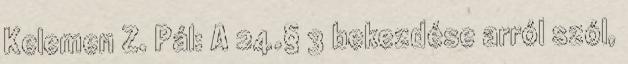
Kelemen Z. Pál: A 24.§ 3 bekezdése arról szól,